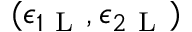
( \epsilon _ { 1 \mathrm { ~ L ~ } } , \epsilon _ { 2 \mathrm { ~ L ~ } } )